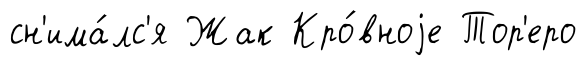
сн'има́лс'я Жак Кро́вноjе Тор'еро